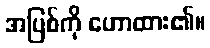
အပြစ်ကို ဟောထား၏။